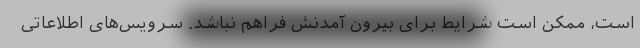
است، ممکن است شرایط برای بیرون آمدنش فراهم نباشد. سرویس‌های اطلاعاتی